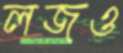
লজও